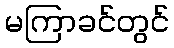
မကြာခင်တွင်